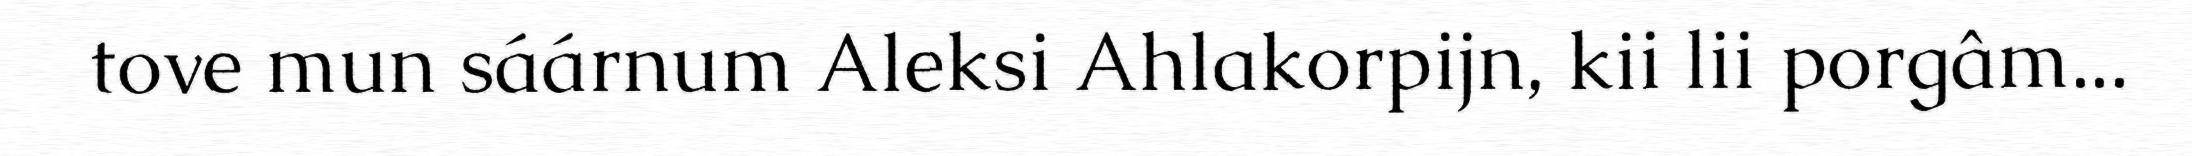
tove mun sáárnum Aleksi Ahlakorpijn, kii lii porgâm...